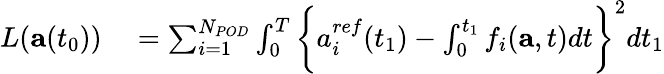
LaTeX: \begin{array}{rl}{L(\mathbf{a}(t_{0}))}&{{}=\sum_{i=1}^{N_{POD}}\int_{0}^{T}\bigg\{ {a_{i}^{ref}}(t_{1})-\int_{0}^{t_{1}}f_{i}(\mathbf{a},t)dt\bigg\} ^{2}dt_{1}}\end{array}